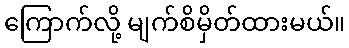
ကြောက်လို့ မျက်စိမှိတ်ထားမယ်။